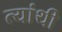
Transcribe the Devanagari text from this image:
त्यांथी